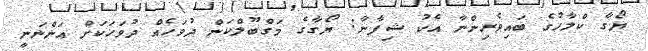
ޔޯގާ ކްލާހުގެ ބައިވެރިންނާ އެކު ޝިފާނާ: ޔޯގާގެ މަގްބޫލްކަން ދުވަހެއް ދުވަހަކަށް އަންނަނީ